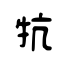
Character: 牨